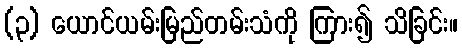
(၃) ယောင်ယမ်းမြည်တမ်းသံကို ကြား၍ သိခြင်း။